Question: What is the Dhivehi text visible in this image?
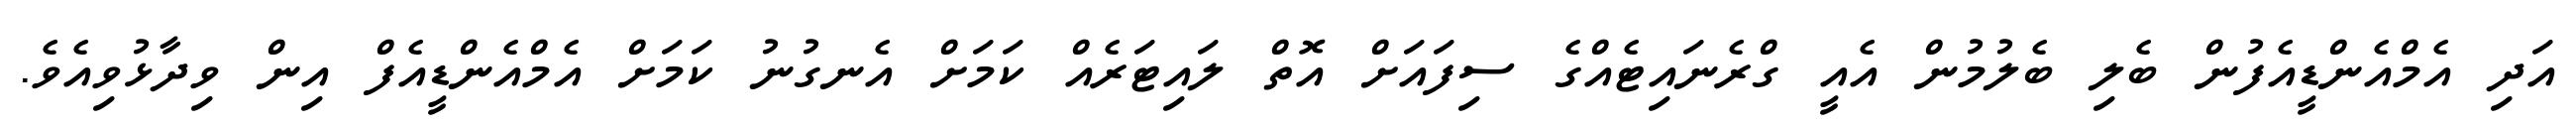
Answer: އަދި އެމްއެންޑީއެފުން ބެލި ބެލުމުން އެއީ ގްރެނައިޓެއްގެ ސިފައަށް އޮތް ލައިޓަރެއް ކަމަށް އެނގުނު ކަމަށް އެމްއެންޑީއެފް އިން ވިދާޅުވިއެވެ.